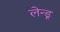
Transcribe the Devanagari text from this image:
लेन्डू